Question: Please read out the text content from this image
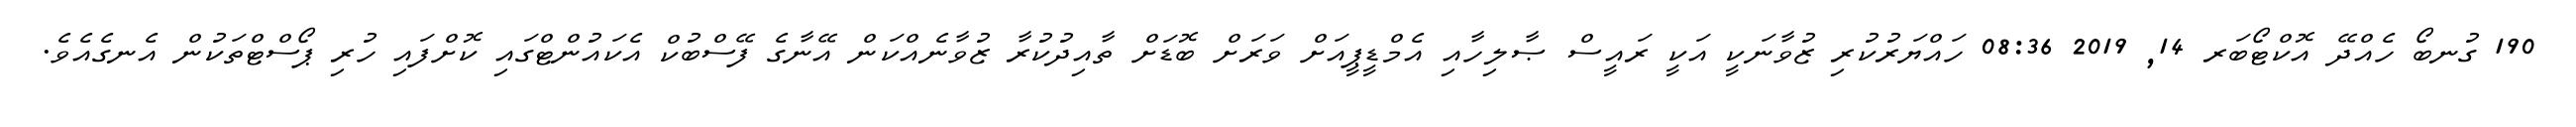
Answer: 190 ގުނބޯ ހެއްދޭ އޮކްޓޯބަރ 14, 2019 08:36 ހައްޔަރުކުރި ޒުވާނަކީ އަކީ ރައީސް ޞާލިހާއި އެމްޑީޕީއަށް ވަރަށް ބޮޑަށް ތާއިދުކުރާ ޒުވާނެއްކަން އޭނާގެ ފޭސްބުކް އެކައުންޓްގައި ކޮށްފައި ހުރި ޕޯސްޓްތަކުން އެނގެއެވެ.